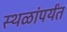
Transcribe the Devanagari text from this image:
स्थळांपर्यंत